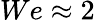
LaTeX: We\approx 2